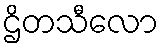
ဌိတသီလော